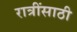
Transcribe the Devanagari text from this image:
रात्रींसाठी